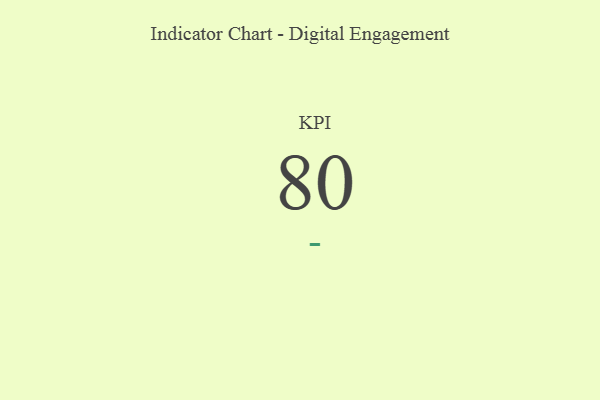
{"axis": {"x": "KPI", "y": "Value"}, "legend": [""], "data": [{"x": "KPI", "y": 80, "type": ""}]}